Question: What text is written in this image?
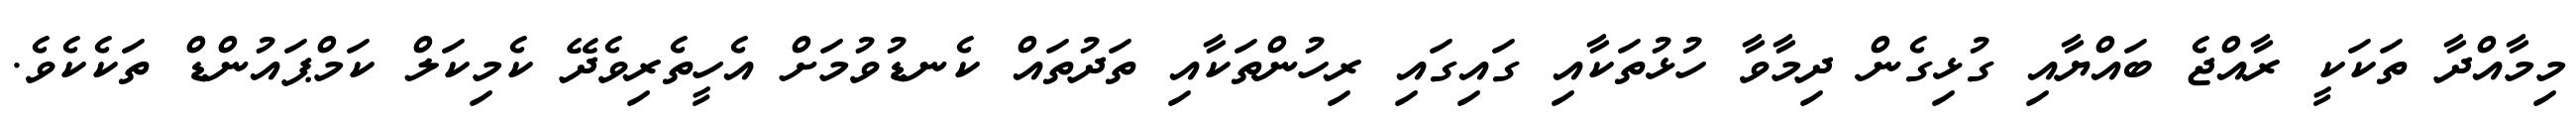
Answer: މިމާއްދާ ތަކަކީ ރާއްޖެ ބައްޔާއި ގުޅިގެން ދިމާވާ ހުޅުތަކާއި ގައިގައި ރިހުންތަކާއި ތަދުތައް ކެނޑުވުމަށް އެހީތެރިވެދޭ ކެމިކަލް ކަމްޕައުންޑް ތަކެކެވެ.